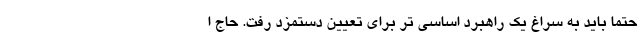
حتما باید به سراغ یک راهبرد اساسی تر برای تعیین دستمزد رفت. حاج ا